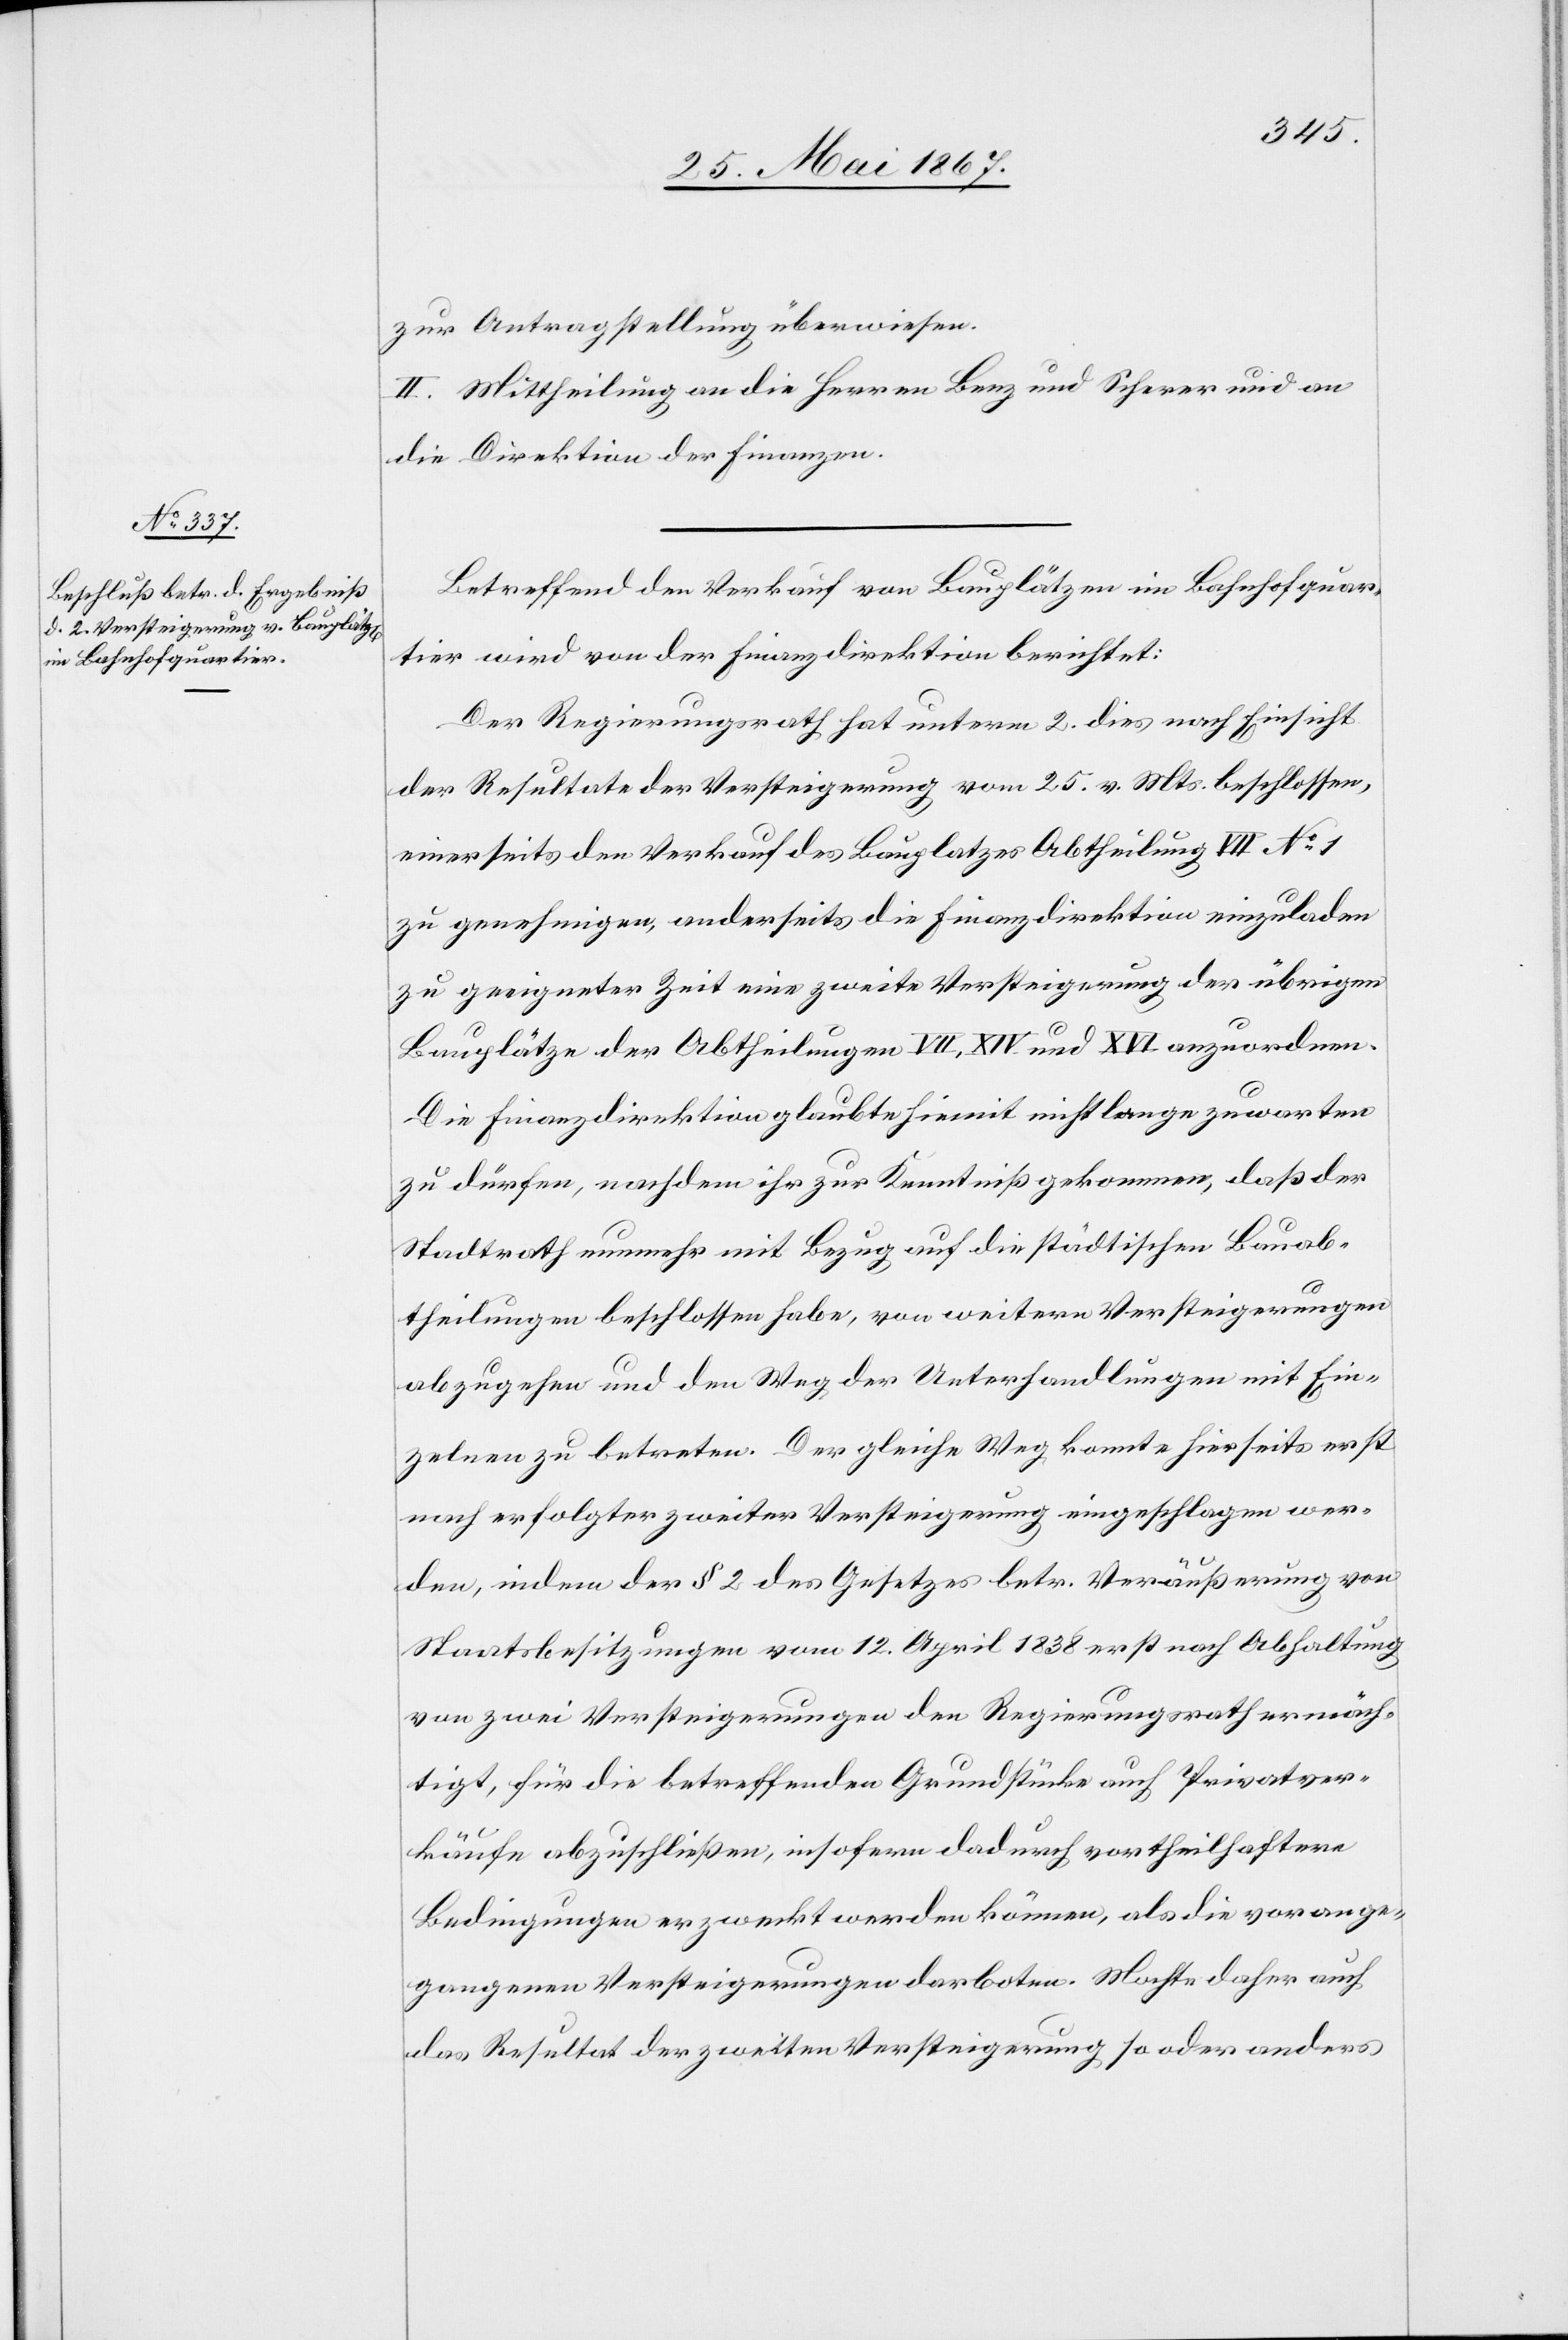
zur Antragstellung überwiesen.
II. Mittheilung an die Herren Benz und Scherer und an
die Direktion der Finanzen.
Betreffend den Verkauf von Bauplätzen im Bahnhofquar¬
tier wird von der Finanzdirektion berichtet:
Der Regierungsrath hat unterm 2. dies nach Einsicht
der Resultate der Versteigerung vom 25. v. Mts. beschlossen,
einerseits den Verkauf des Bauplatzes Abtheilung VII No. 1
zu genehmigen, anderseits die Finanzdirektion einzuladen
zu geeigneter Zeit eine zweite Versteigerung der übrigen
Bauplätze der Abtheilungen VII, XIV. und XVI. anzuordnen.
Die Finanzdirektion glaubte hiemit nicht lange zuwarten
zu dürfen, nachdem ihr zur Kenntniß gekommen, daß der
Stadtrath nunmehr mit Bezug auf die städtischen Bauab¬
theilungen beschlossen habe, von weitern Versteigerungen
abzugehen und den Weg der Unterhandlungen mit Ein¬
zelnen zu betreten. Der gleiche Weg konnte hierseits erst
nach erfolgter zweiter Versteigerung eingeschlagen wer¬
den, indem der § 2 des Gesetzes betr. Veräußerung von
Staatsbesitzungen vom 12. April 1838 erst nach Abhaltung
von zwei Versteigerungen den Regierungsrath ermäch¬
tigt, für die betreffenden Grundstücke auch Privatver¬
käufe abzuschließen, insofern dadurch vortheilhaftere
Bedingungen erzweckt werden können, als die vorange¬
gangenen Versteigerungen darboten. Mochte daher auch
das Resultat der zweiten Versteigerung so oder anders